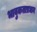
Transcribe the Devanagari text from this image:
भावुकताप्रधान